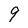
Character: 9